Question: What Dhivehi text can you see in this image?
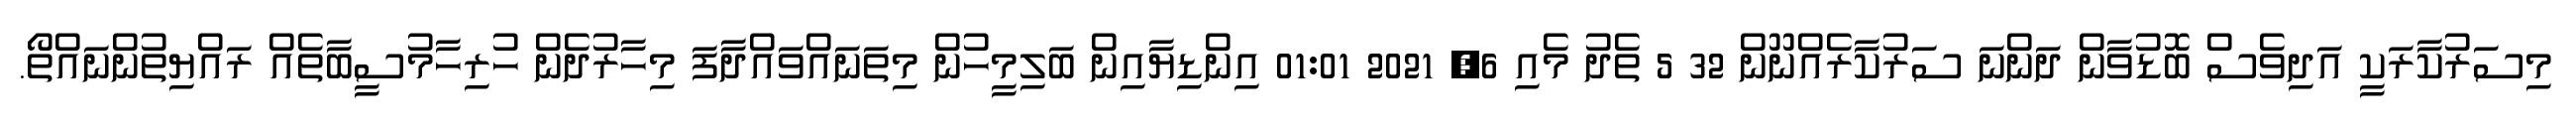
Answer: މިސަރުކާރަކީ އަދިވެސް ބޮޑުވާން ދަންނަ ސަރުކާރެއްނޫން 32 5 ތެދު މެއި 6, 2021 01:01 އިންޑިޔާއިން ބަލިމީހުން މިތަނައްވައްދާފަ މިހާރުދެން ހުރިހާމުސީބާތެއް ރައްޔިތުންނައްތޯ.